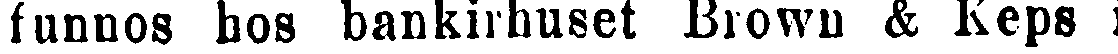
funnos hos bankirhuset Brown & Keps i